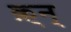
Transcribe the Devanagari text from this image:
क़्न्